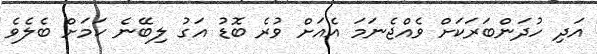
އަދި ހުދަންބަރަކަށް ވެއްޖެނަމަ އެއަށް ވުރެ ބޮޑު އަގު ލިބޭނެ ކަމަށް ބެލެވެ